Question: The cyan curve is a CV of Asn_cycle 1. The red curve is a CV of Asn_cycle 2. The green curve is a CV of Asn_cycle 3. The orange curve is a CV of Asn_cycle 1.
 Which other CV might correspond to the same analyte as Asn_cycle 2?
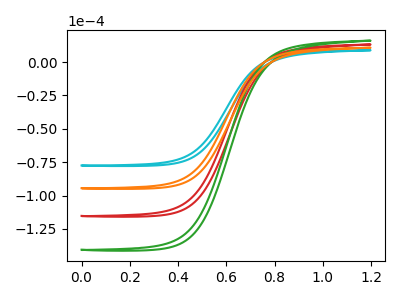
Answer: <think>The cyan curve "Asn_cycle 1" has no peaks. The red curve "Asn_cycle 2" has no peaks. The green curve "Asn_cycle 3" has no peaks. The orange curve "Asn_cycle 1" has no peaks.
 Neither "Asn_cycle 1" or "Asn_cycle 2" have any peaks. Neither "Asn_cycle 1" or "Asn_cycle 3" have any peaks. Neither "Asn_cycle 1" or "Asn_cycle 1" have any peaks. Neither "Asn_cycle 2" or "Asn_cycle 3" have any peaks. Neither "Asn_cycle 2" or "Asn_cycle 1" have any peaks. Neither "Asn_cycle 3" or "Asn_cycle 1" have any peaks.</think>
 <answer>"Asn_cycle 2", "Asn_cycle 3" and "Asn_cycle 1" have a similar shape to "Asn_cycle 1".</answer>
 <eval>"Asn_cycle 2" "Asn_cycle 3" "Asn_cycle 1"</eval>